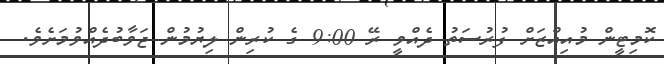
ކޮމިޓީން މުއިއްޒަށް ފުރުސަތު ދެއްވީ ރޭ 9:00 ގެ ކުރިން ލިޔުމުން ޖަވާބުދެއްވުމަށެވެ.